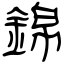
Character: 錦